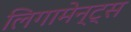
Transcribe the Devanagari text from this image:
लिगामेन्ट्स